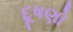
દૂષણો